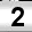
Digit: 2